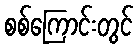
စစ်ကြောင်းတွင်